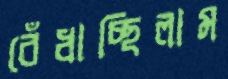
বেঁধাচ্ছিলাম